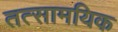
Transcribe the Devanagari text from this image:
तत्सामयिक